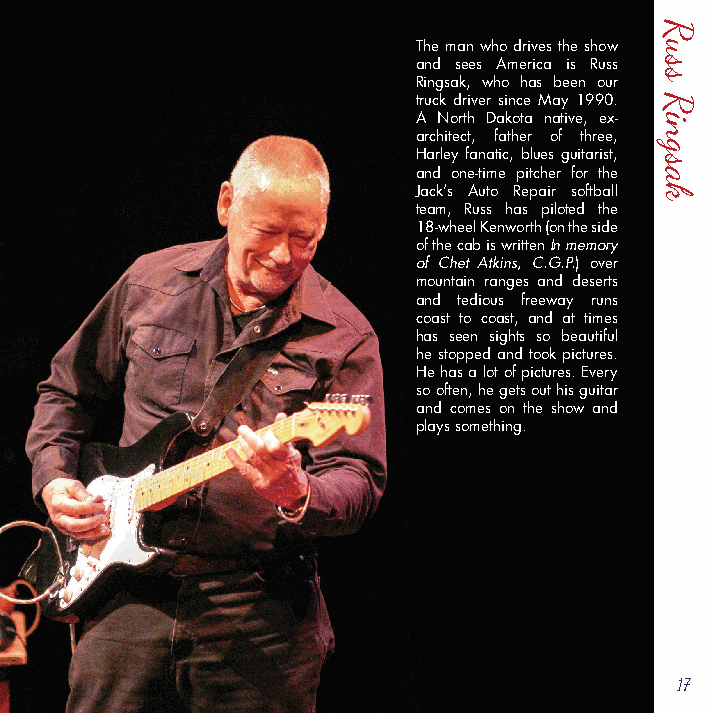
The man who drives the show
 and sees America is Russ
 Ringsak, who has been our
 truck driver since May 1990.
 A North Dakota native, ex-
 architect, father of three,
 Harley fanatic, blues guitarist,
 and one-time pitcher for the
 Jack’s Auto Repair softball
 team, Russ has piloted the
 18-wheel Kenworth (on the side
 of the cab is written In memory
 of Chet Atkins, C.G.P.) over
 mountain ranges and deserts
 and tedious freeway runs
 coast to coast, and at times
 has seen sights so beautiful
 he stopped and took pictures.
 He has a lot of pictures. Every
 so often, he gets out his guitar
 and comes on the show and
 plays something.
 17
 Russ
 Ringsak